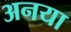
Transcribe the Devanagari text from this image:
अनया